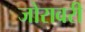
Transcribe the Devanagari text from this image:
जोरावरी